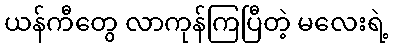
ယန်ကီတွေ လာကုန်ကြပြီတဲ့ မလေးရဲ့